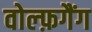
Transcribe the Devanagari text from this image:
वोल्फ़गैंग